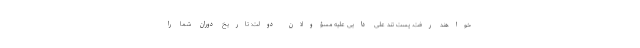
خواهند رفت. پست تند علی دایی علیه مسؤولان دولت: تاریخ دوران شما را